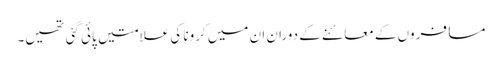
مسافروں کے معائنے کے دوران ان میں کرونا کی علامتیں پائی گئی تھیں۔